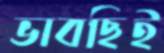
ভাবছিই